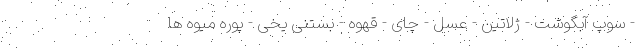
- سوپ آبگوشت - ژلاتین - عسل - چای - قهوه - بستنی یخی - پوره میوه ها